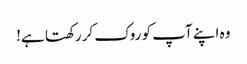
وہ اپنے آپ کو روک کر رکھتا ہے!